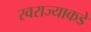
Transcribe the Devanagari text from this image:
स्वराज्याकडे